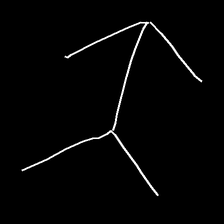
Glyph: gather